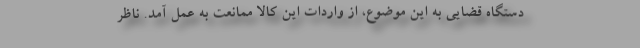
دستگاه قضایی به این موضوع، از واردات این کالا ممانعت به عمل آمد. ناظر